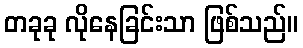
တခုခု လိုနေခြင်းသာ ဖြစ်သည်။